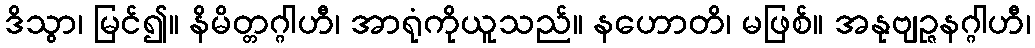
ဒိသွာ၊ မြင်၍။ နိမိတ္တဂ္ဂါဟီ၊ အာရုံကိုယူသည်။ နဟောတိ၊ မဖြစ်။ အနုဗျဉ္ဇနဂ္ဂါဟီ၊